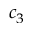
c _ { 3 }